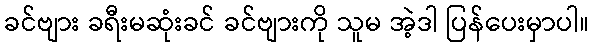
ခင်ဗျား ခရီးမဆုံးခင် ခင်ဗျားကို သူမ အဲ့ဒါ ပြန်ပေးမှာပါ။